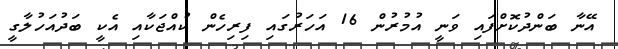
އޭނާ ބަންދުކޮށްފައި ވަނީ އުމުރުން 16 އަހަރުގައި ފިރިހެން ކުއްޖަކާއި އެކީ ބަދުއަހުލާގީ